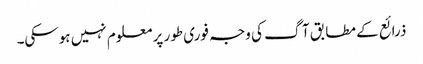
ذرائع کے مطابق آگ کی وجہ فوری طور پر معلوم نہیں ہوسکی۔